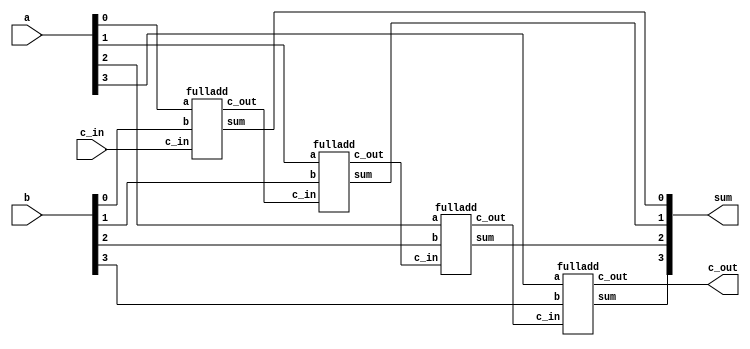
`timescale 1ns / 1ps
// Design Name: 4 bit ripple carry adder
module ripple_carry_full_adder_4bit(output[3:0]sum,
                                    output c_out,
                                    input[3:0] a,b,
                                    input c_in);
 wire c1,c2,c3;
 //instantiate four 1-bit full adders
 fulladd fa0(sum[0],c1,a[0],b[0],c_in);
 fulladd fa1(sum[1],c2,a[1],b[1],c1);
 fulladd fa2(sum[2],c3,a[2],b[2],c2);
 fulladd fa3(sum[3],c_out,a[3],b[3],c3);
endmodule
//define a 1-bit full adder
module fulladd(sum,c_out,a,b,c_in);
output sum,c_out;
input a,b,c_in;
assign sum = a^b^c_in;
assign c_out = (a&b)|(b&c_in)|(c_in&a);
endmodule